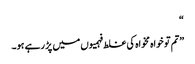
“
”تم تو خواہ مخواہ کی غلط فہمیوں میں پڑ رہے ہو۔